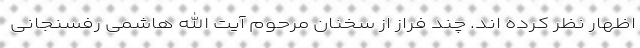
اظهار نظر کرده اند. چند فراز از سخنان مرحوم آیت الله هاشمی رفسنجانی